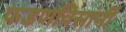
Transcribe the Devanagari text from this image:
फडणविसांनीं